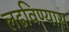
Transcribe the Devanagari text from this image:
लढविण्यास